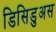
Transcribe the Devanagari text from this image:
डिसिडुअस